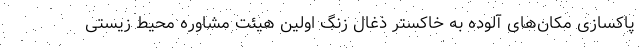
پاکسازی مکان‌های آلوده به خاکستر ذغال زنگ اولین هیئت مشاوره محیط زیستی